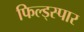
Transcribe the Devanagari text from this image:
फिल्ड्स्पार